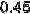
0.45